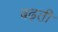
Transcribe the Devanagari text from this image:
बढ़ती़